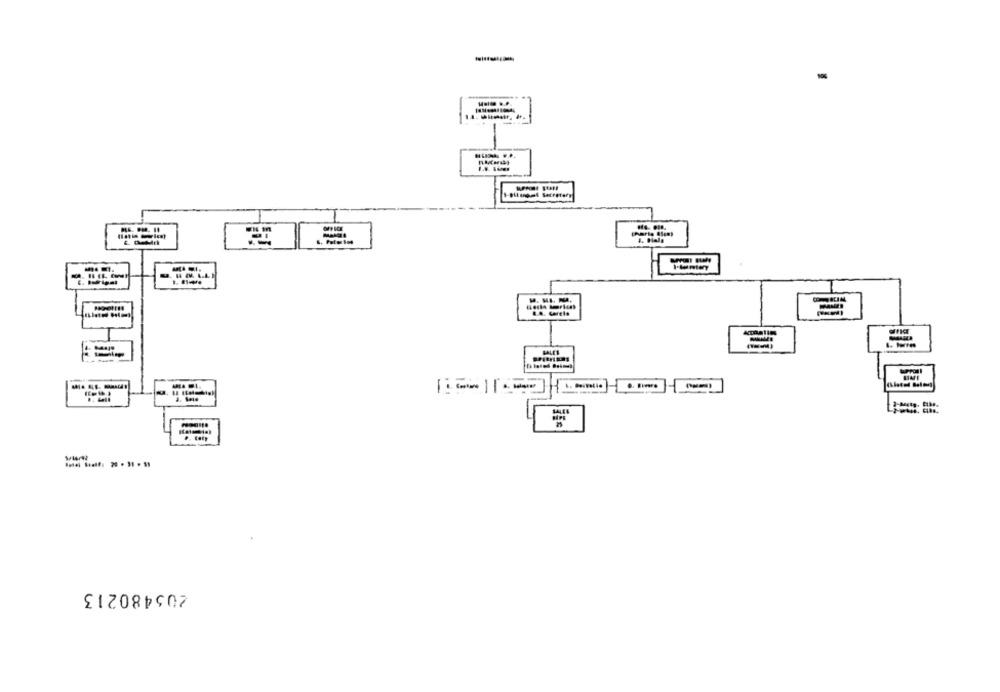
. ........
.. ......
205480213